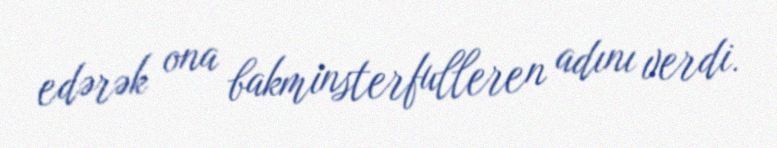
edərək ona bakminsterfulleren adını verdi.